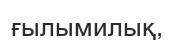
ғылымилық,